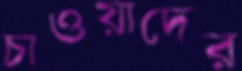
চাওয়াদের